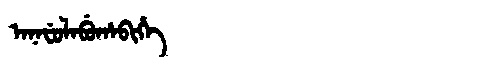
Manchu: ᠠᠨᠠᠸᡠᠯᠠᠪᡠᡥᠠᠪᡳᡥᡝ
Romanization: ANAFULABUHABIHE